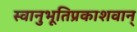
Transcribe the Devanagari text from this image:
स्वानुभूतिप्रकाशवान्